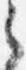
之